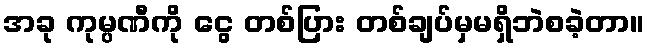
အခု ကုမ္ပဏီကို ငွေ တစ်ပြား တစ်ချပ်မှမရှိဘဲစခဲ့တာ။